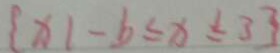
\{ x \vert - b \leq x \leq 3 \}